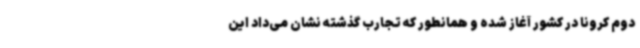
دوم کرونا در کشور آغاز شده و همانطور که تجارب گذشته نشان می‌داد این